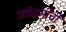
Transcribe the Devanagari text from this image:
अकॅडमीची